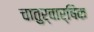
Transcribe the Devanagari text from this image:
चातुर्वार्षिक